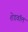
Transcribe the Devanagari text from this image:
शेडवॉल